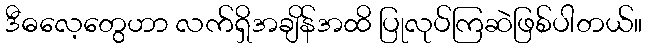
ဒီဓလေ့တွေဟာ လက်ရှိအချိန်အထိ ပြုလုပ်ကြဆဲဖြစ်ပါတယ်။